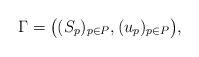
LaTeX: \begin{align*}\Gamma = \big( (S_p)_{p \in P}, (u_p)_{p \in P} \big),\end{align*}